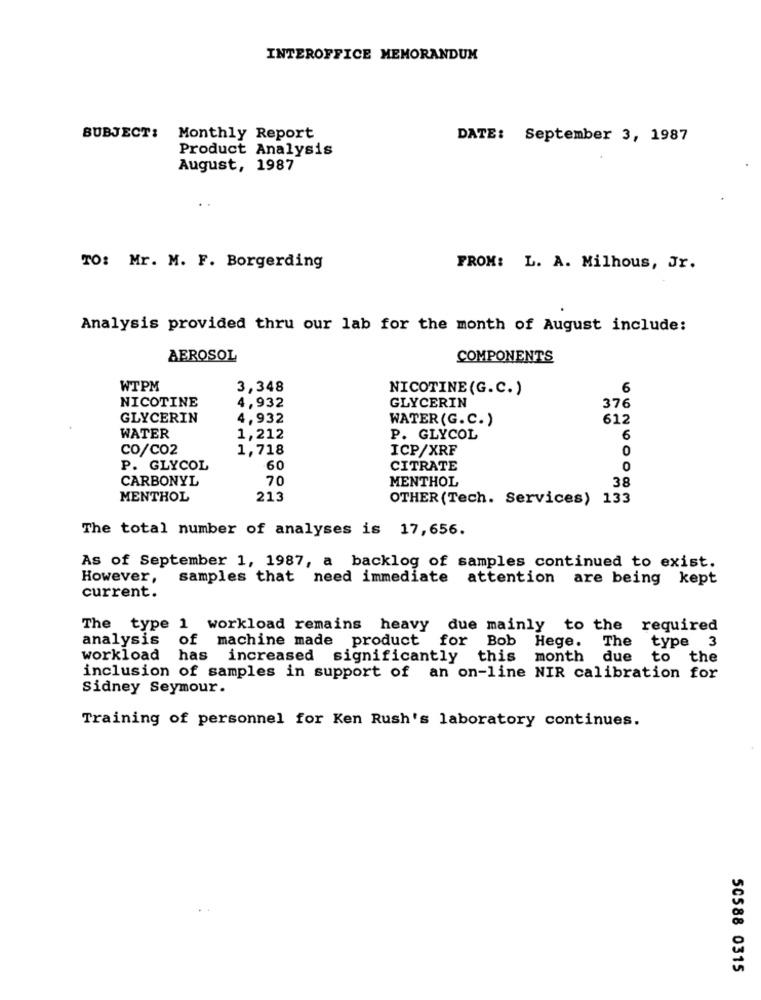
INTEROFFICE MEMORANDUM
SUBJECT:
Monthly Report
DATE: September 3, 1987
Product Analysis
August, 1987
TO: Mr. M. F. Borgerding
FROM: L. A. Milhous, Jr.
Analysis provided thru our lab for the month of August include:
AEROSOL
COMPONENTS
WTPM
3,348
NICOTINE(G.C.)
6
NICOTINE
4,932
GLYCERIN
376
GLYCERIN
4,932
WATER (G.C.)
612
WATER
1,212
P. GLYCOL
6
CO/CO2
1,718
ICP/XRF
0
P. GLYCOL
.60
CITRATE
CARBONYL
70
MENTHOL
38
MENTHOL
213
OTHER (Tech. Services) 133
The total number of analyses is 17,656.
As of September 1, 1987, a backlog of samples continued to exist.
However,
samples that need immediate attention are being kept
current.
The type 1 workload remains heavy due mainly to the required
analysis of machine made product for Bob Hege.
The
type 3
workload has increased significantly this month due
to the
inclusion of samples in support of an on-line NIR calibration for
Sidney Seymour.
Training of personnel for Ken Rush's laboratory continues.
50588 0315